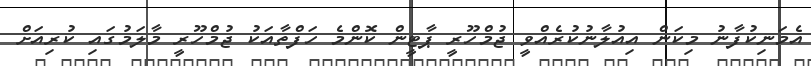
އެމަނިކުފާނު މިކަން އިއުލާނުކުރެއްވީ ޖުމްހޫރީ ޕާޓީން ކޮންމެ ހަފްތާއަކު ޖުމްހޫރީ މާލަމުގައި ކުރިއަށް